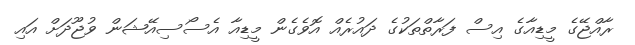
ރާއްޖޭގެ މީޑިއާގެ އިސް ފަރާތްތަކުގެ ދައުރެއް އޮވެގެން މީޑިއާ އެސޯސިއޭޝަން ވުޖޫދަށް އައި